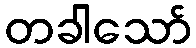
တခါသော်